Language: tamil
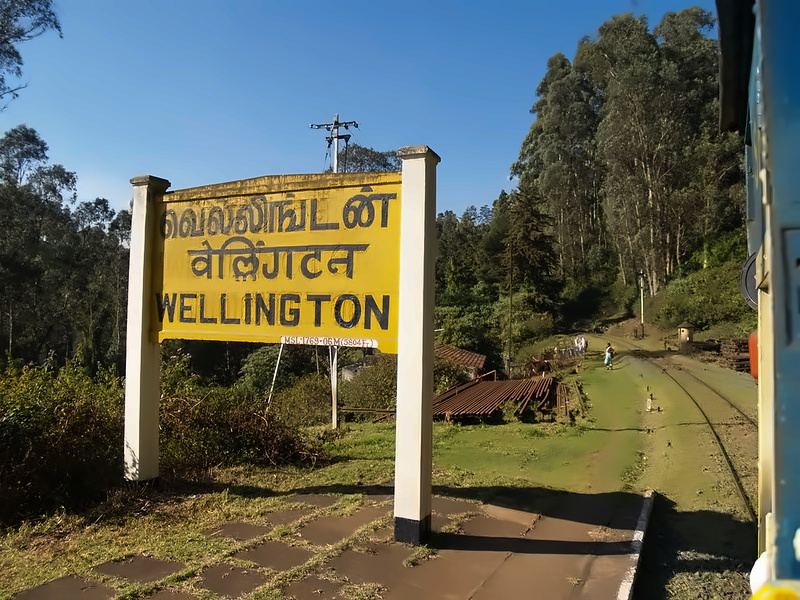
Transcription: வெல்லிங்டன்